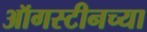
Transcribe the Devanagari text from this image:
ऑगस्टीनच्या